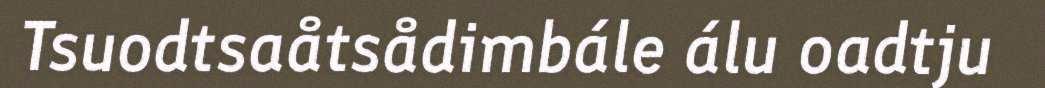
Tsuodtsaåtsådimbále álu oadtju